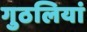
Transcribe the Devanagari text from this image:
गुठलियां